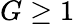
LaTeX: G\ge 1